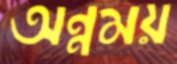
অন্নময়